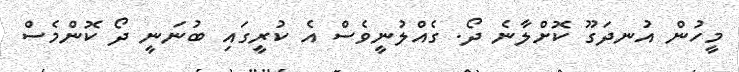
މީހުން އުނދަގޫ ކޮށްލާނެ ދޯ. ގެއްލުނީވެސް އެ ކުރީގައި ބުނަނީ ދޯ ކޮންމެސް